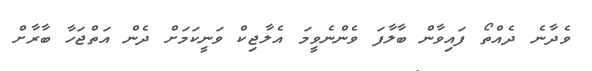
ވެދާނެ ދެއްތޯ ފައިވާން ބާލާފަ ވެންނެވީމަ އެެލާޖިކް ވަނީކަމަށް ދެން އަތްޖަހާ ބާރާށް